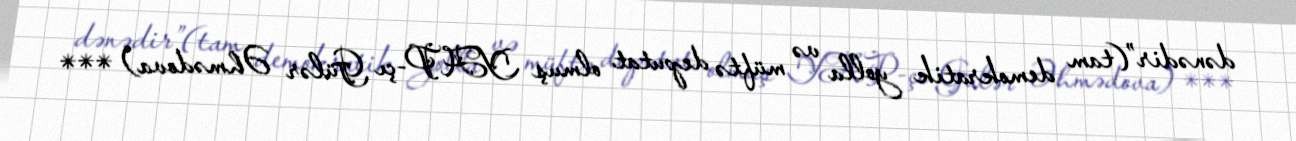
dənədir”(tam demokratik yolla və müftə deputat olmuş YAP-çı Gülər Əhmədova) ***